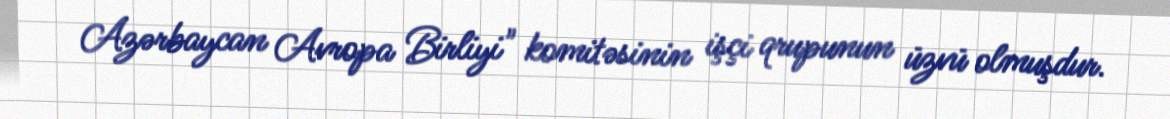
Azərbaycan Avropa Birliyi" komitəsinin işçi qrupunun üzvü olmuşdur.